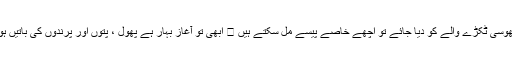
جمع کرکے بھوسی ٹکڑے والے کو دیا جائے تو اچھے خاصے پیسے مل سکتے ہیں 😛 ابھی تو آغازِ بہار ہے پھول ، پتّوں اور پرندوں کی باتیں ہوتی رہیں گی ۔